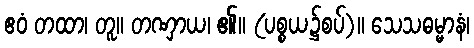
ဧဝံ တထာ၊ တူ။ တဏှာယ၊ ၏။ (ပစ္စယ၌စပ်)။ သေသဓမ္မာနံ၊